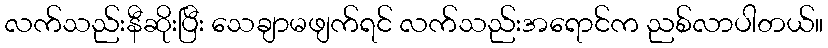
လက်သည်းနီဆိုးပြီး သေချာမဖျက်ရင် လက်သည်းအရောင်က ညစ်လာပါတယ်။